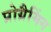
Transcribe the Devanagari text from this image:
प्रोग्रैमिंग